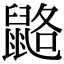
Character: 䶅